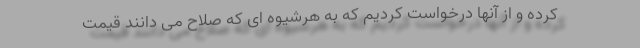
کرده و از آنها درخواست کردیم که به هرشیوه ای که صلاح می دانند قیمت